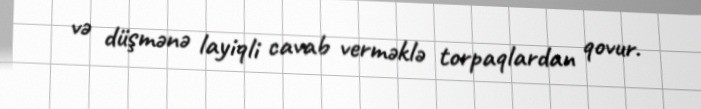
və düşmənə layiqli cavab verməklə torpaqlardan qovur.